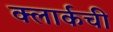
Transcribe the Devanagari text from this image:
क्‍लार्कची